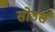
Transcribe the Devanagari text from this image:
सोउर्स